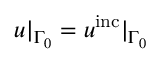
u | _ { \Gamma _ { 0 } } = u ^ { \mathrm { i n c } } | _ { \Gamma _ { 0 } }